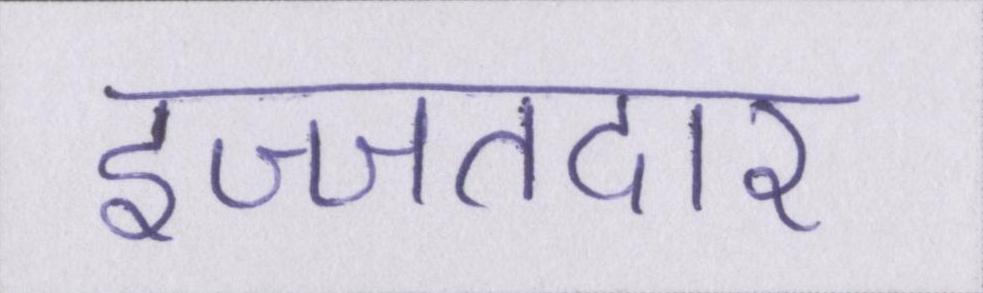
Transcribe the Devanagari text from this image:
इज्जतदार